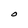
Character: O